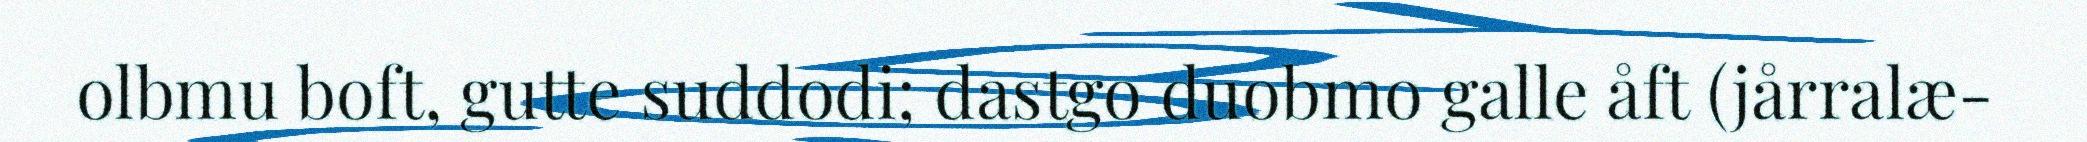
olbmu boft, gutte suddodi; dastgo duobmo galle åft (jårralæ-